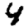
Digit: 4